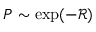
\textstyle P \sim \exp ( - { \mathcal { R } } )